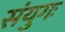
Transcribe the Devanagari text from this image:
संयुगः